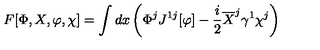
F [ \Phi , X , \varphi , \chi ] = \int d x \left( \Phi ^ { j } J ^ { 1 j } [ \varphi ] - \frac i 2 \overline { X } ^ { j } \gamma ^ { 1 } \chi ^ { j } \right)